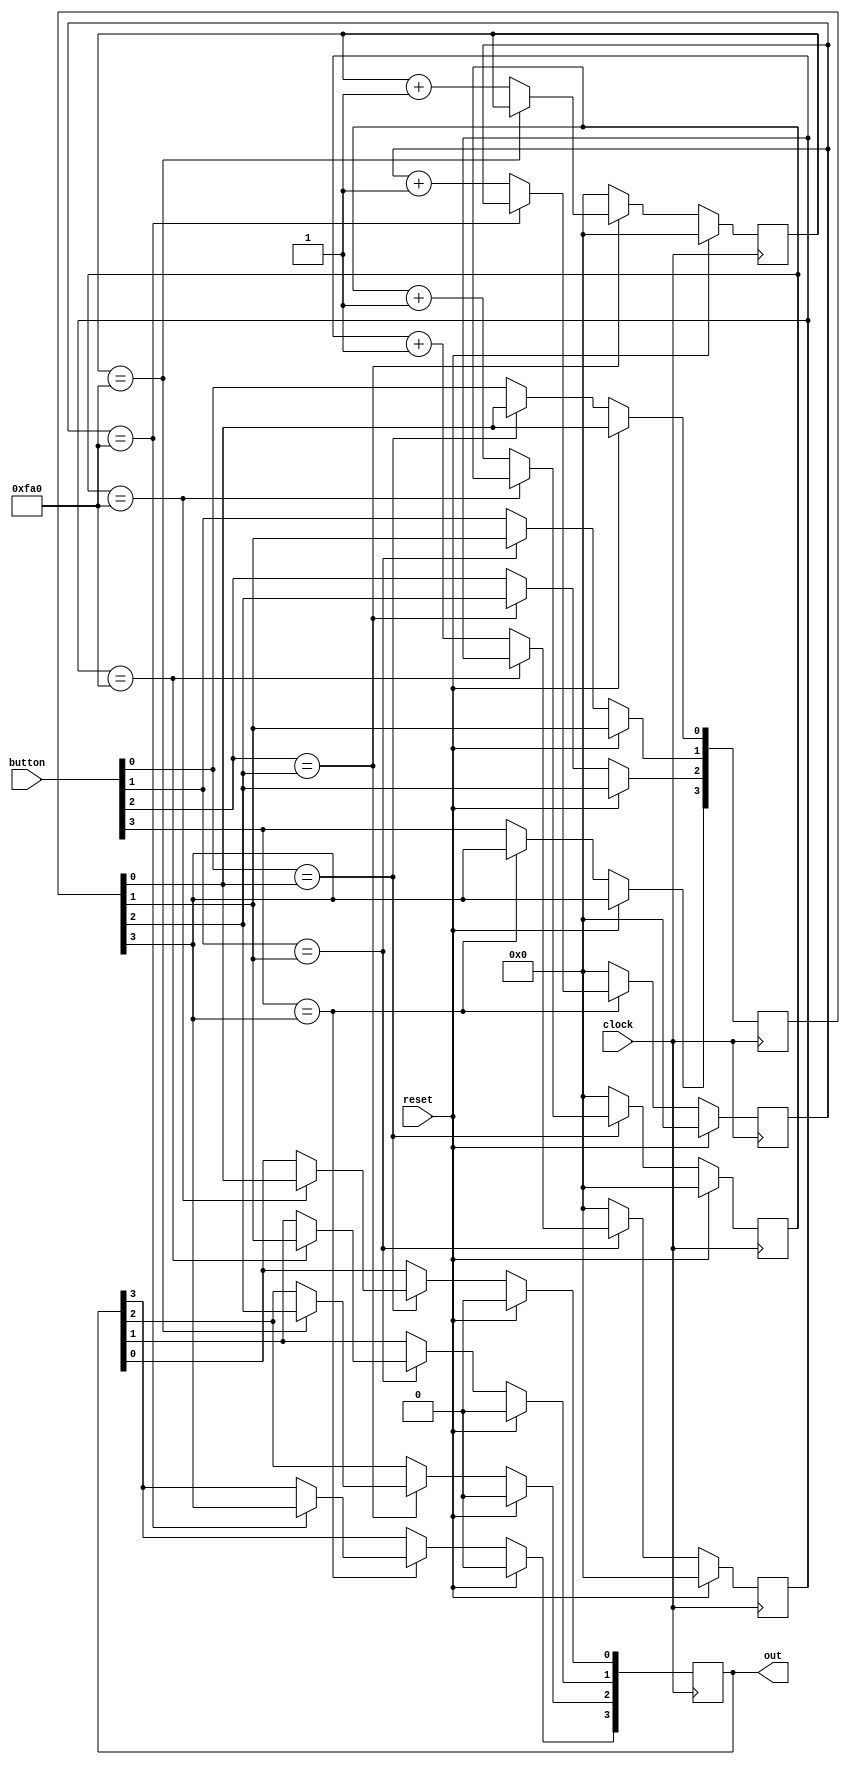
module debounce_9(
    input clock,
    input reset,
    input [3:0] button,
    output reg [3:0]out
);
reg [12:0] cnt0=0, cnt1=0, cnt2=0, cnt3=0;
reg [3:0] IV = 0;
parameter dbTime = 4000;
always @ (posedge(clock))begin
    if(reset==1)begin
        cnt0<=0;
        cnt1<=0;
        cnt2<=0;
        cnt3<=0;
        out<=0;
    end
    else begin
        if(button[0]==IV[0]) begin 
            if (cnt0==dbTime) begin
                out[0]<=IV[0];
                end
            else begin
                cnt0<=cnt0+1;
                end
        end
        else begin
            cnt0<=0;
            IV[0]<=button[0];
            end
        if(button[1]==IV[1]) begin 
            if (cnt1==dbTime) begin
                out[1]<=IV[1];
            end
            else begin
                cnt1<=cnt1+1;
            end
        end
        else begin
            cnt1<=0;
            IV[1]<=button[1];
        end
        if(button[2]==IV[2]) begin 
            if (cnt2==dbTime) begin
                out[2]<=IV[2];
            end
            else begin
                cnt2<=cnt2+1;
            end
        end
        else begin
            cnt2<=0;
            IV[2]<=button[2];
        end
        if(button[3]==IV[3]) begin 
            if (cnt3==dbTime) begin
                out[3]<=IV[3];
            end
            else begin
                cnt3<=cnt3+1;
            end
        end
        else begin
            cnt3<=0;
            IV[3]<=button[3];
        end
    end
end
endmodule